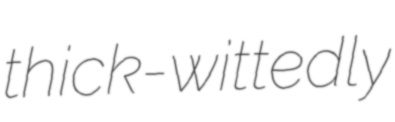
thick-wittedly